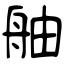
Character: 舳